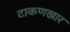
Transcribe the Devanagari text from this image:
टाकणखार